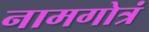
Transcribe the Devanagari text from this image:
नामगोत्रं